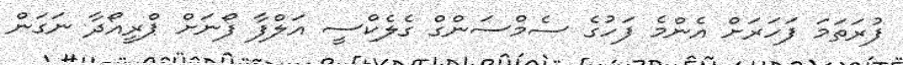
ފުރަތަމަ ފަހަރަށް އެންމެ ފަހުގެ ސެމްސަންގް ގެލެކްސީ އަލްފާ ފޯނަށް ޕްރީއޯދާ ނަގަން